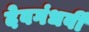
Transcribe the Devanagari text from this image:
देवगंधर्वी